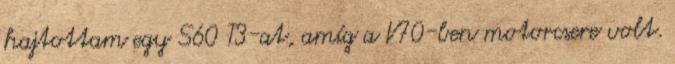
hajtottam egy S60 T3-at, amíg a V70-ben motorcsere volt.